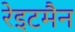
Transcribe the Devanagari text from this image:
रेइटमैन